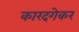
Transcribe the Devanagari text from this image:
कारदगेकर